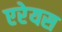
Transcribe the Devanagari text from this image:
एरेयस